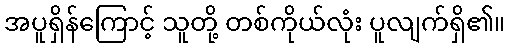
အပူရှိန်ကြောင့် သူတို့ တစ်ကိုယ်လုံး ပူလျက်ရှိ၏။